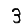
Digit: 3